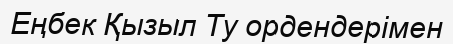
Еңбек Қызыл Ту ордендерімен